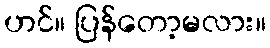
ဟင်။ ပြန်တော့မလား။